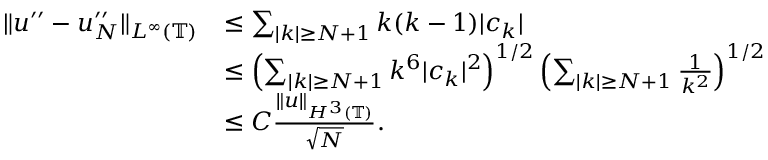
\begin{array} { r l } { \| u ^ { \prime \prime } - u _ { N } ^ { \prime \prime } \| _ { L ^ { \infty } ( \mathbb { T } ) } } & { \leq \sum _ { | k | \geq N + 1 } k ( k - 1 ) | c _ { k } | } \\ & { \leq \left( \sum _ { | k | \geq N + 1 } k ^ { 6 } | c _ { k } | ^ { 2 } \right) ^ { 1 / 2 } \left( \sum _ { | k | \geq N + 1 } \frac { 1 } { k ^ { 2 } } \right) ^ { 1 / 2 } } \\ & { \leq C \frac { \| u \| _ { H ^ { 3 } ( \mathbb { T } ) } } { \sqrt { N } } . } \end{array}